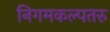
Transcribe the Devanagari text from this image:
निगमकल्पतरु